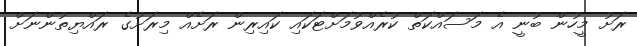
ރަށު މީހުން ބުނީ އެ މަސައްކަތް ކުރެއްވުމަށްޓަކައި ކައިރިން ރަށެއް މިރަށުގެ ރައްޔިތުންނަށް